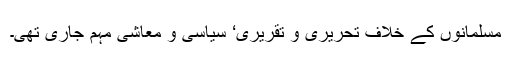
مسلمانوں کے خلاف تحریری و تقریری‘ سیاسی و معاشی مہم جاری تھی۔